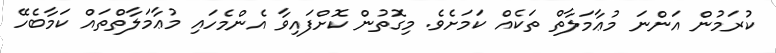
ކުރަމުން އަންނަ މުޢާމަލާތް ތަކެއް ކަމަށެވެ. މިގޮތުން ކޮށްފައިވާ އެންމެހައި މުޢާމަލާތްތައް ކަމާބެހޭ